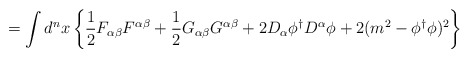
\begin{align*}=\int d^n x \left\{ \frac{1}{2} F_{\alpha \beta} F^{\alpha \beta} +\frac{1}{2} G_{\alpha \beta } G^{\alpha \beta } + 2D_\alpha \phi^\dagger D^\alpha \phi +2(m^2 -\phi^\dagger \phi )^2 \right\}\end{align*}